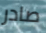
صادر